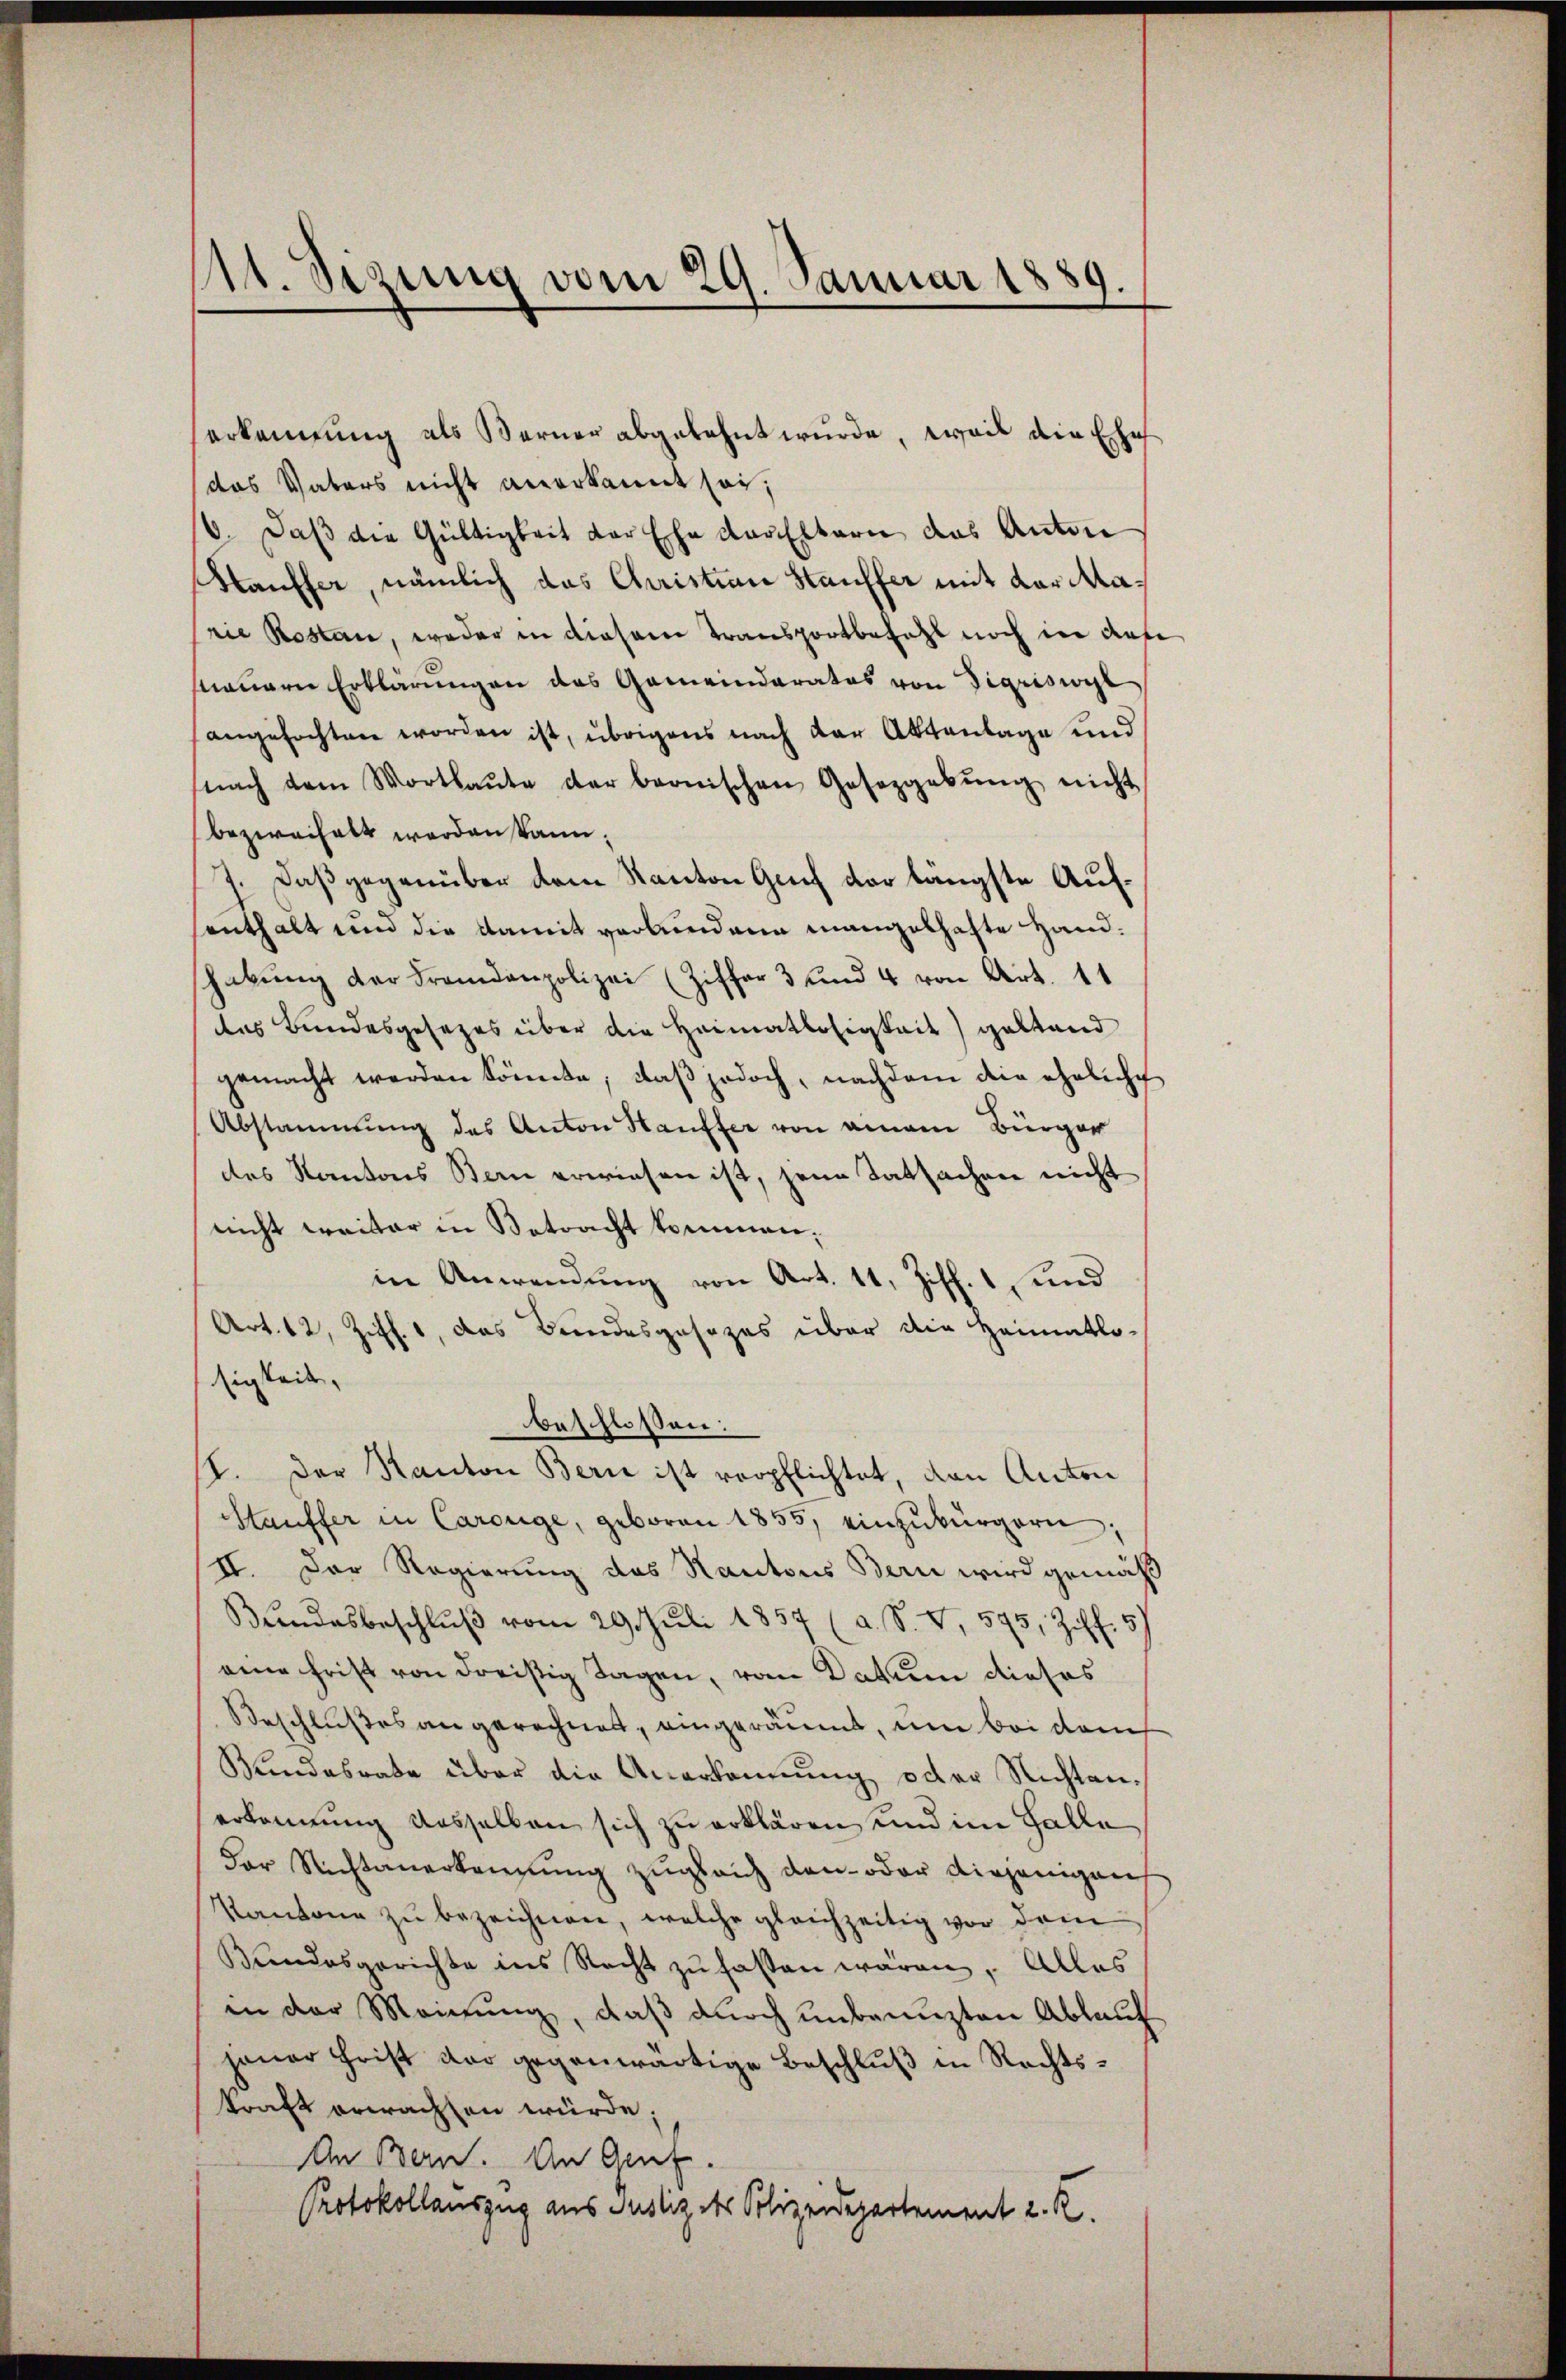
11. Sizung vom 29. Januar 1889.

erkennung als Berner abgelehnt wurde, weil die Ehe
das Vaters nicht anerkannt sei;
6. Daβ die Gültigkeit der Ehe der Eltern das Anton
Kauffer, nämlich das Christian Hauffer mit der Marie Kosten, weder in diesem Transportbezahl noch in der
sauern Erklärungen das Gemeinderatos von Sigriswyl
angefochten worden ist, übrigens nach der Aktenlage und
nach dem Wortlaŭte der bronischen Gesezgabŭng nicht
bezweihalt werden kann.
7. Daß gegenüber dem Kanton Genf der längste Aufenthalt und die damit verbundene mangelhafte Handhabŭng der Fremdenpolizei (Ziffer 3 und 4 von Art. 11
das Bundesgesezes über die Heimatlosigkeit) geltend
gemacht werden könnte, daβ jedoch, nachdem die eheliche
Abstammung des Anton Hauffer von einem Bürger
des Kantons Bern erwiesen ist, jene Tatsachen nicht
nicht weiter in Betracht kommen;
in Anwendung von Art. 11, Ziff. 1 und
Art. 12, Ziff. 1, das Bundesgesezes über die Heimatlo-
sigkeit,
beschlossen:
I. Der Kanton Bern ist verpflichtet, den Anton
Stauffer in Carouge, geboren 1855, einzubürgern.
II. Der Regierung das Kantons Bern wird gemäß
Bŭndesbeschlŭβ vom 29. Juli 1857 (a. S. V, 595, Ziff. 5
eine Frist von dreisig Tagen, vom Datum dieses
Beschlußes angerechnet, eingeräumt, um bei dem
Bundesrate über die Anerkennung oder Nichten.
erkennung desselben sich zu erklären, und im Halle
Der Richtanerkennung zugleich den- oder diejenigens
Kantone zŭ bezeichnen, welche gleichzeitig vor dem
Bundesgerichte ins Recht zu fasten wären. Alles
in der Meinung, daß durch unbenuzten Ablauf
jener Frist der gegenwärtige Beschluß in Rechtskraft erwachten würde;
An Bern. An Genf.
Protokollauszug aus Justiz des Polizeidepartement z. R.